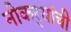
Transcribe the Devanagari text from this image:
नोकर्‍यांची